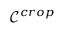
{ \mathcal { C } } ^ { c r o p }